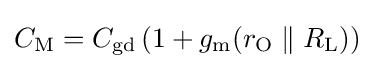
C_{\mathrm {M} }=C_{\mathrm {gd} }\left(1+g_{\mathrm {m} }(r_{\mathrm {O} }\parallel R_{\mathrm {L} })\right)